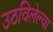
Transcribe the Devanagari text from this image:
उठविलेल्या